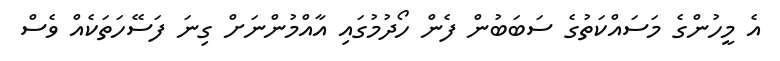
އެ މީހުންގެ މަސައްކަތުގެ ސަބަބުން ފެން ހޯދުމުގައި އާއްމުންނަށް ގިނަ ފަސޭހަތަކެއް ވެސް